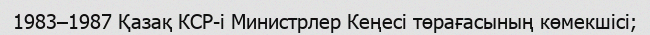
1983–1987 Қазақ КСР-і Министрлер Кеңесі төрағасының көмекшісі;